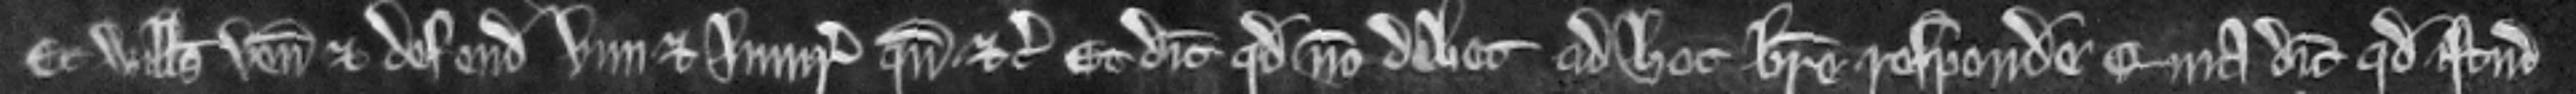
Et Willelmus venit et defendit vim et injuriam quando etc. et dicit quod non debet ad hoc breve respondere quia dicit quod istud